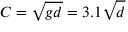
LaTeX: C = { \sqrt { g d } } = 3 . 1 { \sqrt { d } }